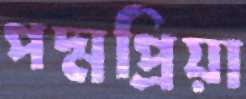
পদ্মপ্রিয়া